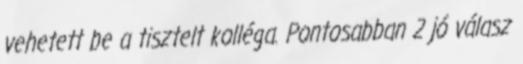
vehetett be a tisztelt kolléga. Pontosabban 2 jó válasz